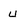
Character: u